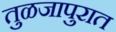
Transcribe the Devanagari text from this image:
तुळजापुरात